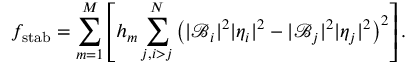
f _ { \mathrm { s t a b } } = \sum _ { m = 1 } ^ { M } \left[ h _ { m } \sum _ { j , i > j } ^ { N } \left( | \mathcal { B } _ { i } | ^ { 2 } | \eta _ { i } | ^ { 2 } - | \mathcal { B } _ { j } | ^ { 2 } | \eta _ { j } | ^ { 2 } \right) ^ { 2 } \right] .